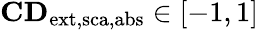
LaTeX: \mathbf{CD}_{\mathrm{{ext,sca,abs}}}\in[-1,1]